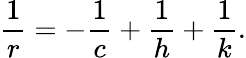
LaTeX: \displaystyle{\frac{1}{r}}=-{\frac{1}{c}}+{\frac{1}{h}}+{\frac{1}{k}}.